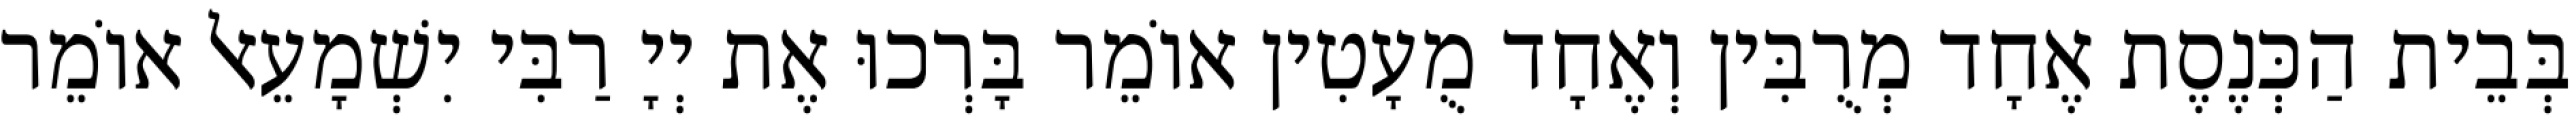
בְּבֵית הַכְּנֶסֶת אֶחָד מְרֻבִּין וְאֶחָד מֻעָטִין אוֹמֵר בָּרְכוּ אֶת יְיָ רַבִּי יִשְׁמָעֵאל אוֹמֵר